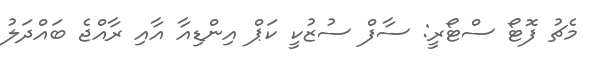
މެޗު ފޮޓޯ ސްޓޯރީ: ސާފް ސުޒުކީ ކަޕް އިންޑިއާ އާއި ރާއްޖެ ބައްދަލު